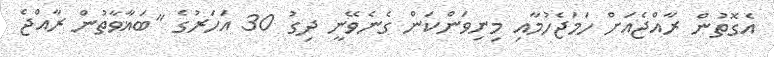
އެގޮތުން ރާއްޖެއަށް ހަމަޖެހުމާއި މިނިވަންކަން ގެނެވޭނީ ދިގު 30 އަހަރުގެ "ބަޣާވާތުން ރާއްޖެ